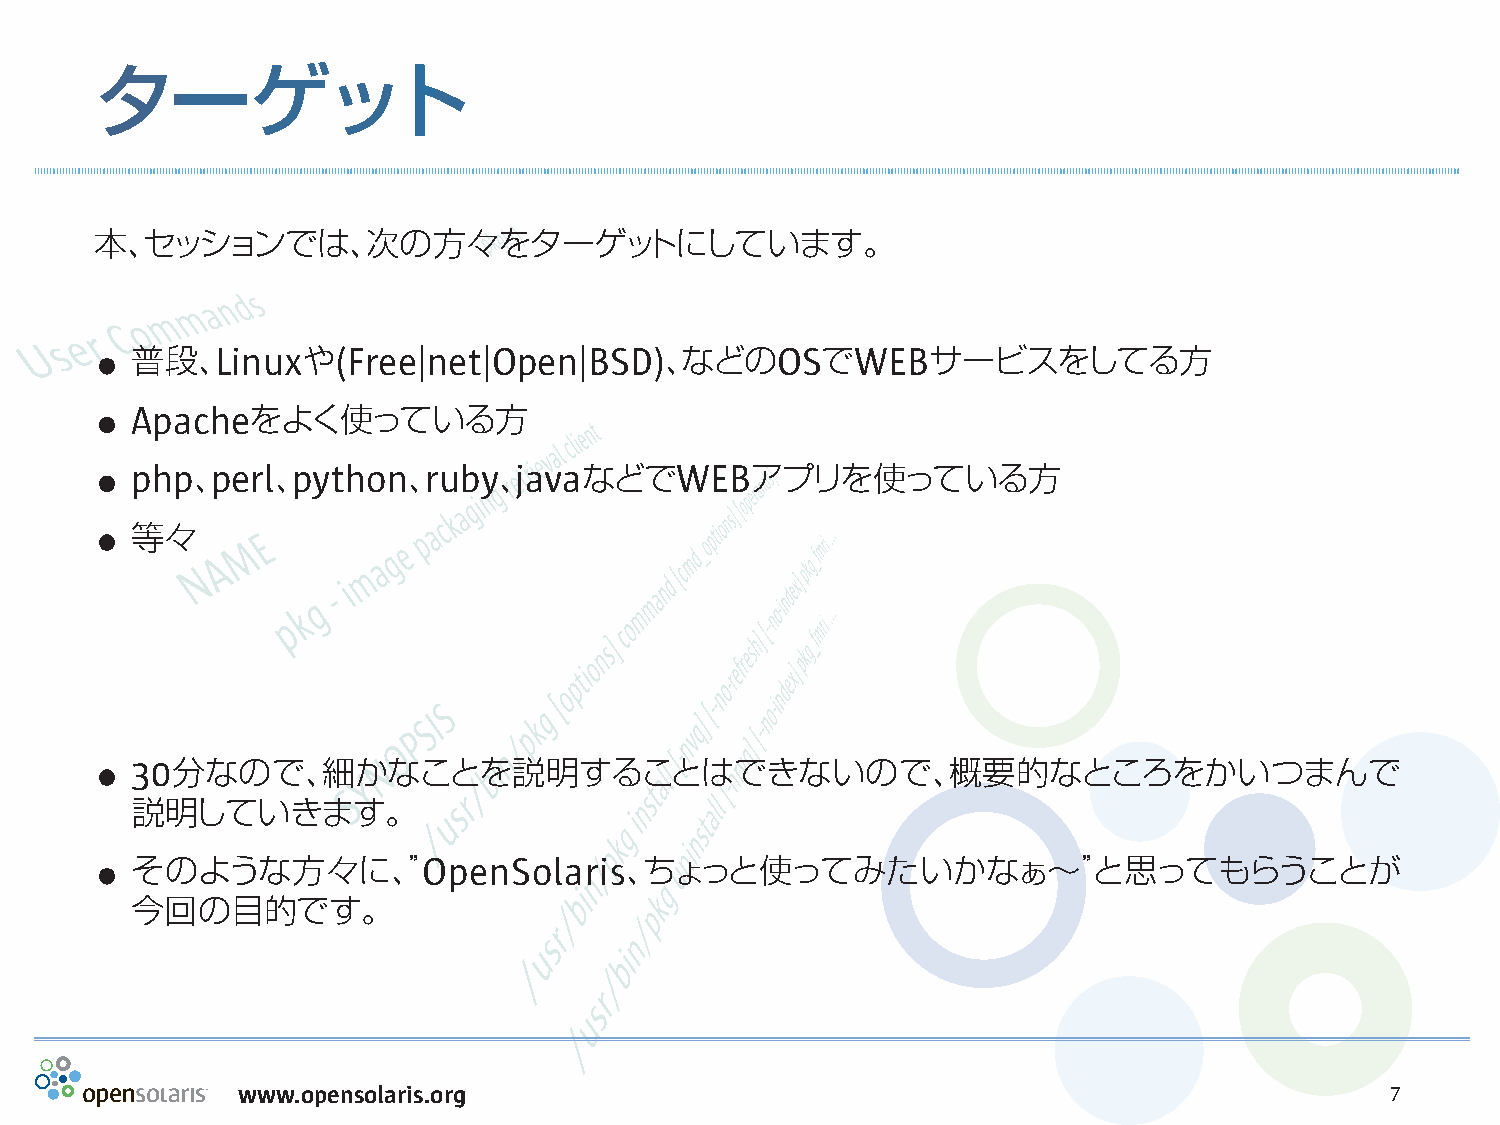
ターゲット
 本、セッションでは、次の方々をターゲットにしています。
 .
 普段、Linuxや(Free|net|Open|BSD)、などのOSでWEBサービスをしてる方
 .
 Apacheをよく使っている方
 .
 php、perl、python、ruby、javaなどでWEBアプリを使っている方
 .
 等々
 .
 30分なので、細かなことを説明することはできないので、概要的なところをかいつまんで
 説明していきます。
 .
 そのような方々に、”OpenSolaris、ちょっと使ってみたいかなぁ〜”と思ってもらうことが
 今回の目的です。
 www.opensolaris.org                                                         7